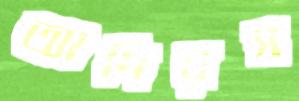
আদিরস